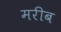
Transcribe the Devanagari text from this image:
मरीब